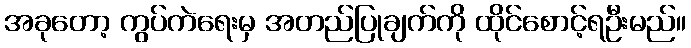
အခုတော့ ကွပ်ကဲရေးမှ အတည်ပြုချက်ကို ထိုင်စောင့်ရဦးမည်။